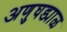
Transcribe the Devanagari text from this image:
अणुघड्याळ